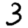
Digit: 3